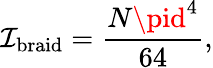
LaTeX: \mathcal{I}_{\mathrm{{braid}}}=\frac{{N\pid^{4}}}{{64}},